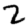
Digit: 2